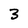
Character: 3